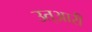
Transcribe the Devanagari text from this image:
उत्आरी